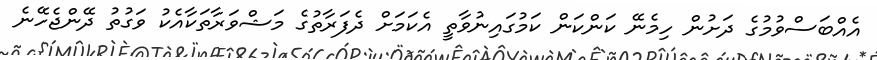
އެއްބަސްވުމުގެ ދަށުން ހިމެނޭ ކަންކަން ކަމުގައިނުވާތީ އެކަމަށް ދެފަރާތުގެ މަޝްވަރާތަކާއެކު ވަގުތު ދޭންޖެހޭނެ